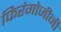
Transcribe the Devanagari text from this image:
फिरंगोजीनी